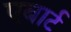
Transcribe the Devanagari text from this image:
एबार्ट